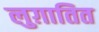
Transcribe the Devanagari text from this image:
लुग़ातित